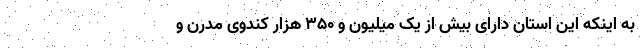
به اینکه این استان دارای بیش از یک میلیون و ۳۵۰ هزار کندوی مدرن و